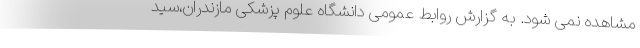
مشاهده نمی شود. به گزارش روابط عمومی دانشگاه علوم پزشکی مازندران،سید